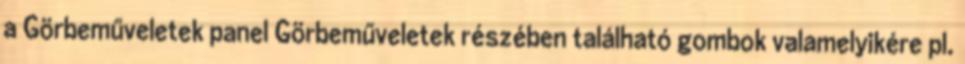
a Görbeműveletek panel Görbeműveletek részében található gombok valamelyikére pl.